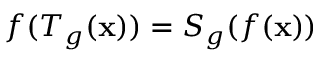
f ( T _ { g } ( \mathbf { x } ) ) = S _ { g } ( f ( \mathbf { x } ) )